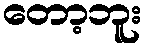
တော့ဘူး